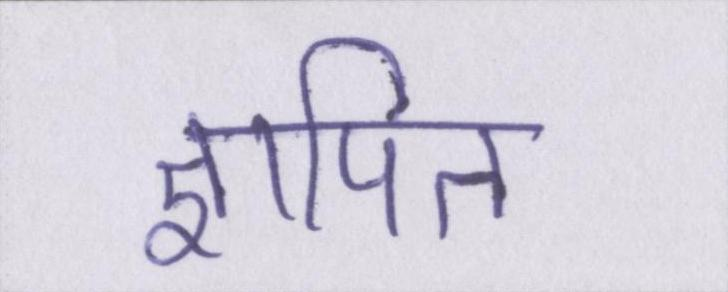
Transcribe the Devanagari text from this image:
ज्ञापित